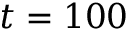
t = 1 0 0